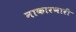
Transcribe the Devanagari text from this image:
नाकारणारी